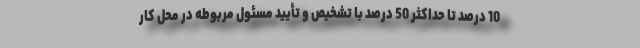
10 درصد تا حداکثر 50 درصد با تشخیص و تأیید مسئول مربوطه در محل کار